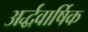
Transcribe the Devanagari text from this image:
अर्द्धवार्षिक